Report of an investigation of the epidemic of malarial fever in Assam, or, kala-azar
Disease focus: Malaria
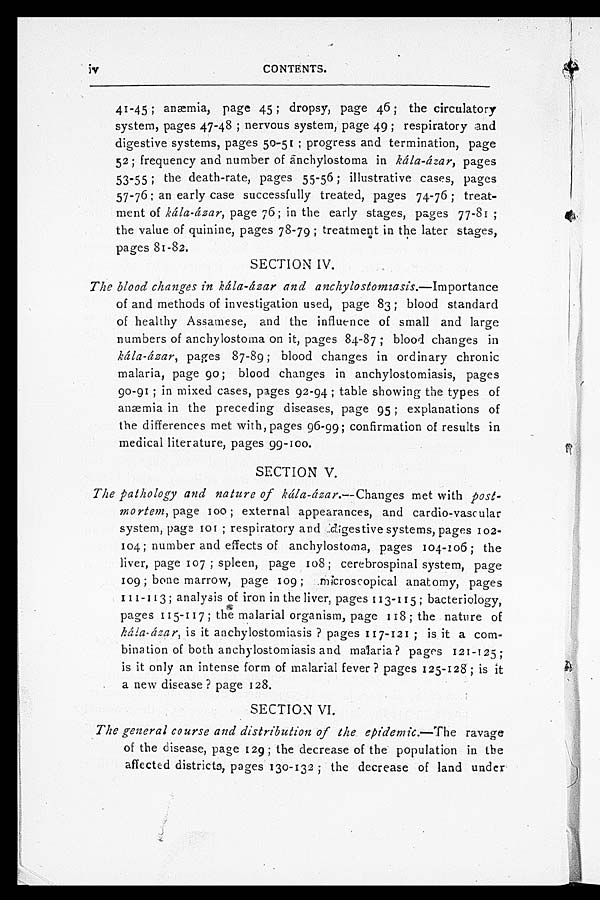
iv
CONTENTS.
41-45 ; anæmia, page 45 ; dropsy, page 46 ; the circulatory
system, pages 47-48 ; nervous system, page 49 ; respiratory and
digestive systems, pages 50-51 ; progress and termination, page
52 ; frequency and number of anchylostoma in kála-ázar, pages
53-55 ; the death-rate, pages 55-56 ; illustrative cases, pages
57-76 ; an early case successfully treated, pages 74-76 ; treat-
ment of kála-ázar, page 76 ; in the early stages, pages 77-81 ;
the value of quinine, pages 78-79 ; treatment in the later stages,
p a g e s 8 1 - 8 2 .
SECTION IV.
The blood changes in kála-ázar and anchylostomiasis.— Importance
of and methods of investigation used, page 83 ; blood standard
of healthy Assamese, and the influence of small and large
numbers of anchylostoma on it, pages 84-87 ; blood changes in
kála-ázar, pages 87-89 ; blood changes in ordinary chronic
malaria, page 90 ; blood changes in anchylostomiasis, pages
90-91 ; in mixed cases, pages 92-94 ; table showing the types of
anæmia in the preceding diseases, page 95 ; explanations of
the differences met with, pages 96-99 ; confirmation of results in
medical literature, pages 99-100.
SECTION V.
The pathology and nature of kála-ázar.—Changes met with post-
mortem, page 100 ; external appearances, and cardio-vascular
system, page 101 ; respiratory and digestive systems, pages 102-
104 ; number and effects of anchylostoma, pages 104-106 ; the
liver, page 107 ; spleen, page 108 ; cerebrospinal system, page
109 ; bone marrow, page 109 ; microscopical anatomy, pages
1 1 1 - 1 1 3 ; a n a l y s i s o f i r o n i n t h e l i v e r , p a g e s 1 1 3 - 1 1 5 ; b a c t e r i o l o g y ,
pages 115-117 ; the malarial organism, page 118 ; the nature of
k á l a - á z a r ,
is it anchylostomiasis ? pages 117-121 ; is it a com-
bination of both anchylostomiasis and malaria? pages 121-125 ;
is it only an intense form of malarial fever ? pages 125-128 ; is it
a new disease ? page 128.
SECTION VI.
The general course and distribution of the epidemic.— The ravage
of the disease, page 129 ; the decrease of the population in the
affected districts, pages 130-132 ; the decrease of land under